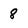
Character: 8